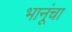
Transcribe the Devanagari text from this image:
भानूंचा